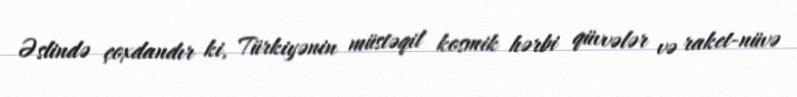
Əslində çoxdandır ki, Türkiyənin müstəqil kosmik hərbi qüvvələr və raket-nüvə